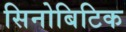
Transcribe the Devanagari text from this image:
सिनोबिटिक